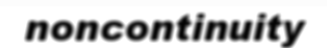
noncontinuity